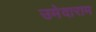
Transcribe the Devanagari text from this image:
उमेदाराम